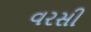
વરસી